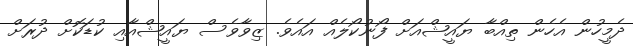
ދެމީހުން އެހެން ތިއްބާ ޔައީޝްއަށް ފޯނުކޯލެއް އައެވެ. ޒިވާވެސް ޔައީޝްއާއި ކުޑަކޮށް ދުރަށް